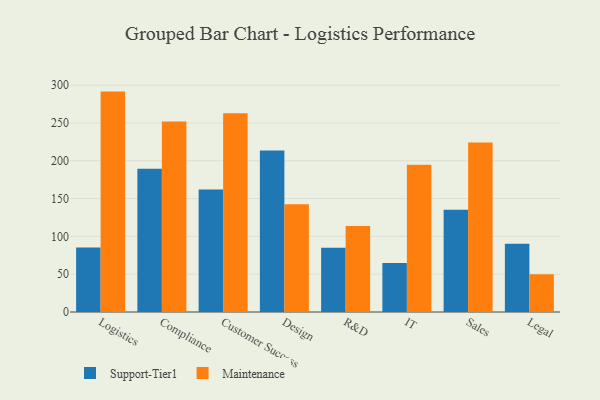
{"axis": {"x": "Department", "y": "Conversion Rate (%)"}, "legend": ["Maintenance", "Support-Tier1"], "data": [{"x": "Logistics", "y": 85.3, "type": "Support-Tier1"}, {"x": "Logistics", "y": 291.5, "type": "Maintenance"}, {"x": "Compliance", "y": 189.3, "type": "Support-Tier1"}, {"x": "Compliance", "y": 251.8, "type": "Maintenance"}, {"x": "Customer Success", "y": 162.0, "type": "Support-Tier1"}, {"x": "Customer Success", "y": 262.8, "type": "Maintenance"}, {"x": "Design", "y": 213.6, "type": "Support-Tier1"}, {"x": "Design", "y": 142.5, "type": "Maintenance"}, {"x": "R&D", "y": 84.9, "type": "Support-Tier1"}, {"x": "R&D", "y": 113.8, "type": "Maintenance"}, {"x": "IT", "y": 64.7, "type": "Support-Tier1"}, {"x": "IT", "y": 194.6, "type": "Maintenance"}, {"x": "Sales", "y": 135.1, "type": "Support-Tier1"}, {"x": "Sales", "y": 224.2, "type": "Maintenance"}, {"x": "Legal", "y": 90.4, "type": "Support-Tier1"}, {"x": "Legal", "y": 50.0, "type": "Maintenance"}]}